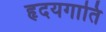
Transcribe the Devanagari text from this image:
हृदयगाति